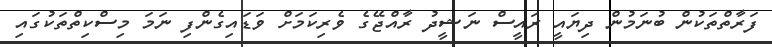
ފަރާތްތަކުން ބުނަމުން ދިޔައީ ރައީސް ނަޝީދު ރާއްޖޭގެ ވެރިކަމަށް ވަޑައިގެންފި ނަމަ މިސްކިތްތަކުގައި